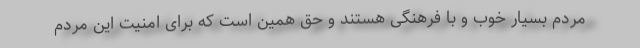
مردم بسیار خوب و با فرهنگی هستند و حق همین است که برای امنیت این مردم